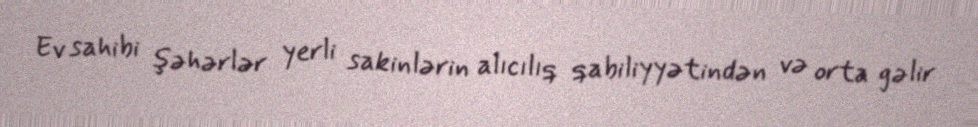
Ev sahibi şəhərlər yerli sakinlərin alıcılıq qabiliyyətindən və orta gəlir